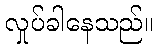
လှုပ်ခါနေသည်။